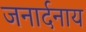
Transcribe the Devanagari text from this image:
जनार्दनाय